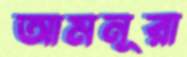
আমনূরা